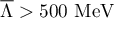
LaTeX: \overline { { { \Lambda } } } > 5 0 0 \, \, \mathrm { M e V }